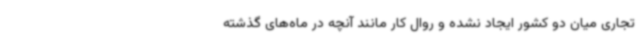
تجاری میان دو کشور ایجاد نشده و روال کار مانند آنچه در ماه‌های گذشته